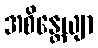
အစိန္တေယျာ